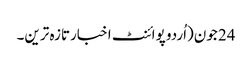
24 جون(اُردو پوائنٹ اخبارتازہ ترین۔